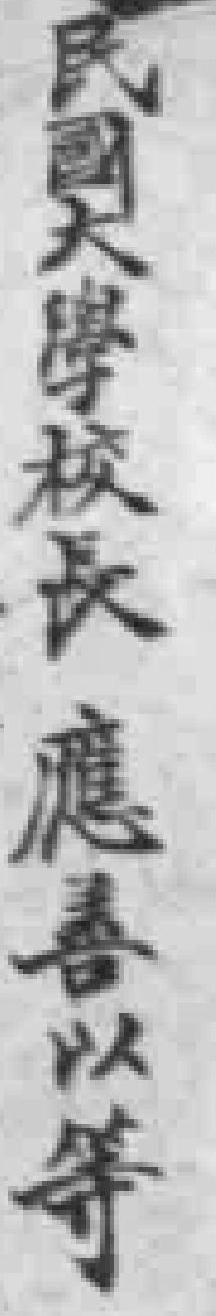
民國大學校長應善以等